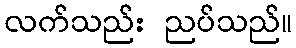
လက်သည်း ညပ်သည်။